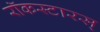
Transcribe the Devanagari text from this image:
रॉकस्टारस्